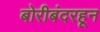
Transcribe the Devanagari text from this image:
बोरीबंदरहून